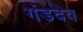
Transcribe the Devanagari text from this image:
गंडदेव